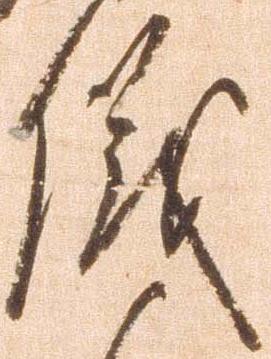
儀